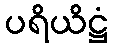
ပရိယိဋ္ဌံ